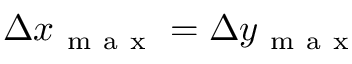
\Delta x _ { \mathrm { ~ m ~ a ~ x ~ } } = \Delta y _ { \mathrm { ~ m ~ a ~ x ~ } }